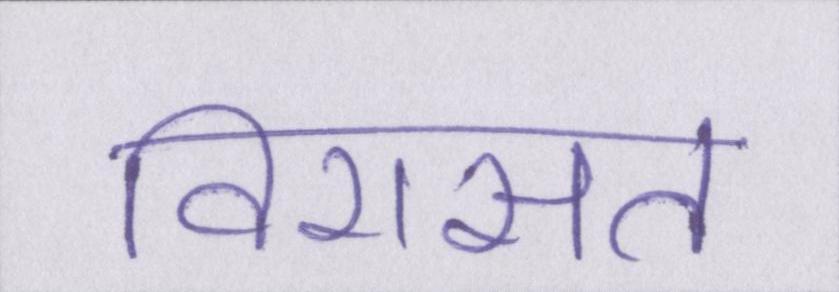
विरासत